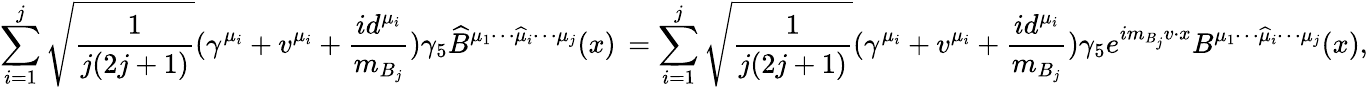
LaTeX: \mathop{\sum}_{i=1}^{j}\sqrt{\frac{1}{j(2j+1)}}(\gamma^{\mu_{i}}+v^{\mu_{i}}+\frac{id^{\mu_{i}}}{m_{B_{j}}})\gamma_{5}{\widehat B}^{\mu_{1}\cdots\widehat{\mu}_{i}\cdots\mu_{j}}(x)\, =\mathop{\sum}_{i=1}^{j}\sqrt{\frac{1}{j(2j+1)}}(\gamma^{\mu_{i}}+v^{\mu_{i}}+\frac{id^{\mu_{i}}}{m_{B_{j}}})\gamma_{5}e^{im_{B_{j}}v\cdot x}B^{\mu_{1}\cdots\widehat{\mu}_{i}\cdots\mu_{j}}(x),